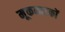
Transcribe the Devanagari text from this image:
मूकनाटकों